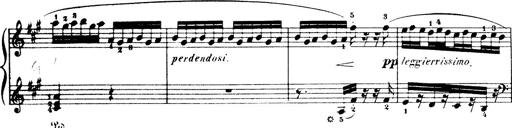
Title: Wagner-Liszt Album
Composer: Franz Liszt